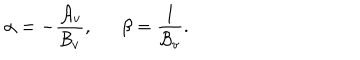
LaTeX: \alpha = - { \frac { { \cal A } _ { v } } { { \cal B } _ { v } } } , \, \, \, \, \, \, \, \, \, \beta = { \frac { 1 } { { \cal B } _ { v } } } .